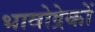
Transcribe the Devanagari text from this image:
भावोद्रेकों